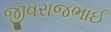
જીવરાજભાઈ